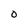
Character: O